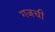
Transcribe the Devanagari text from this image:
गजची